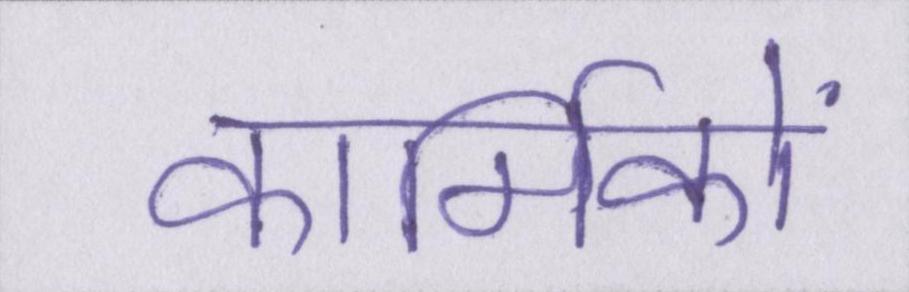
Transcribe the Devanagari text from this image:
कार्मिकों